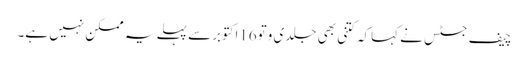
چیف جسٹس نے کہاکہ کتنی بھی جلدی وتو16اکتوبرسے پہلے یہ ممکن نہیں ہے۔